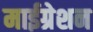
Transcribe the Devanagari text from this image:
माईग्रेशन